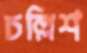
চল্লিশ